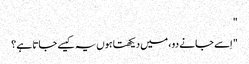
"
" اِسے جانے دو ، میں دیکھتا ہوں یہ کیسے جاتا ہے ؟